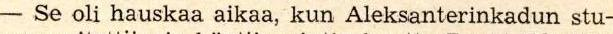
- Se oli hauskaa aikaa, kun Aleksanterinkadun stu-